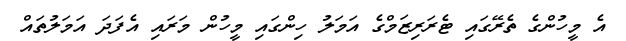
އެ މީހުންގެ ތެރޭގައި ޓެރަރިޒަމްގެ އަމަލު ހިންގައި މީހުން މަރައި އެފަދަ އަމަލުތައް